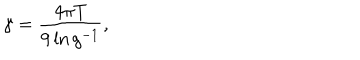
\gamma = \frac { 4 \pi T } { 9 \ln g ^ { - 1 } } ,